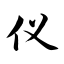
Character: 仪